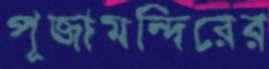
পূজামন্দিরের